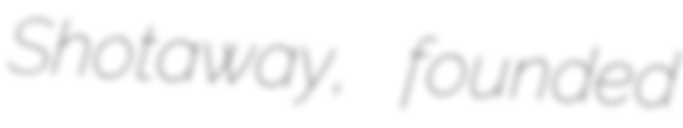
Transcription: Shotaway, founded